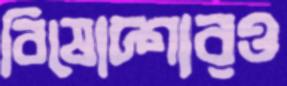
বিষোদ্গারও